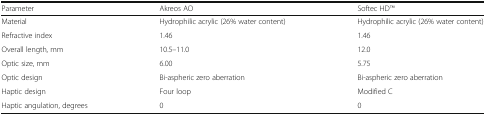
<table><thead><tr><td><b>Parameter</b></td><td><b>Akreos AO</b></td><td><b>Softec HDTM</b></td></tr></thead><tbody><tr><td>Material</td><td>Hydrophilic acrylic (26% water content)</td><td>Hydrophilic acrylic (26% water content)</td></tr><tr><td>Refractive index</td><td>1.46</td><td>1.46</td></tr><tr><td>Overall length, mm</td><td>10.5–11.0</td><td>12.0</td></tr><tr><td>Optic size, mm</td><td>6.00</td><td>5.75</td></tr><tr><td>Optic design</td><td>Bi-aspheric zero aberration</td><td>Bi-aspheric zero aberration</td></tr><tr><td>Haptic design</td><td>Four loop</td><td>Modified C</td></tr><tr><td>Haptic angulation, degrees</td><td>0</td><td>0</td></tr></tbody></table>